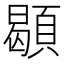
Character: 䫘